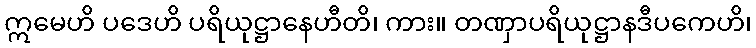
ဣမေဟိ ပဒေဟိ ပရိယုဋ္ဌာနေဟီတိ၊ ကား။ တဏှာပရိယုဋ္ဌာနဒီပကေဟိ၊